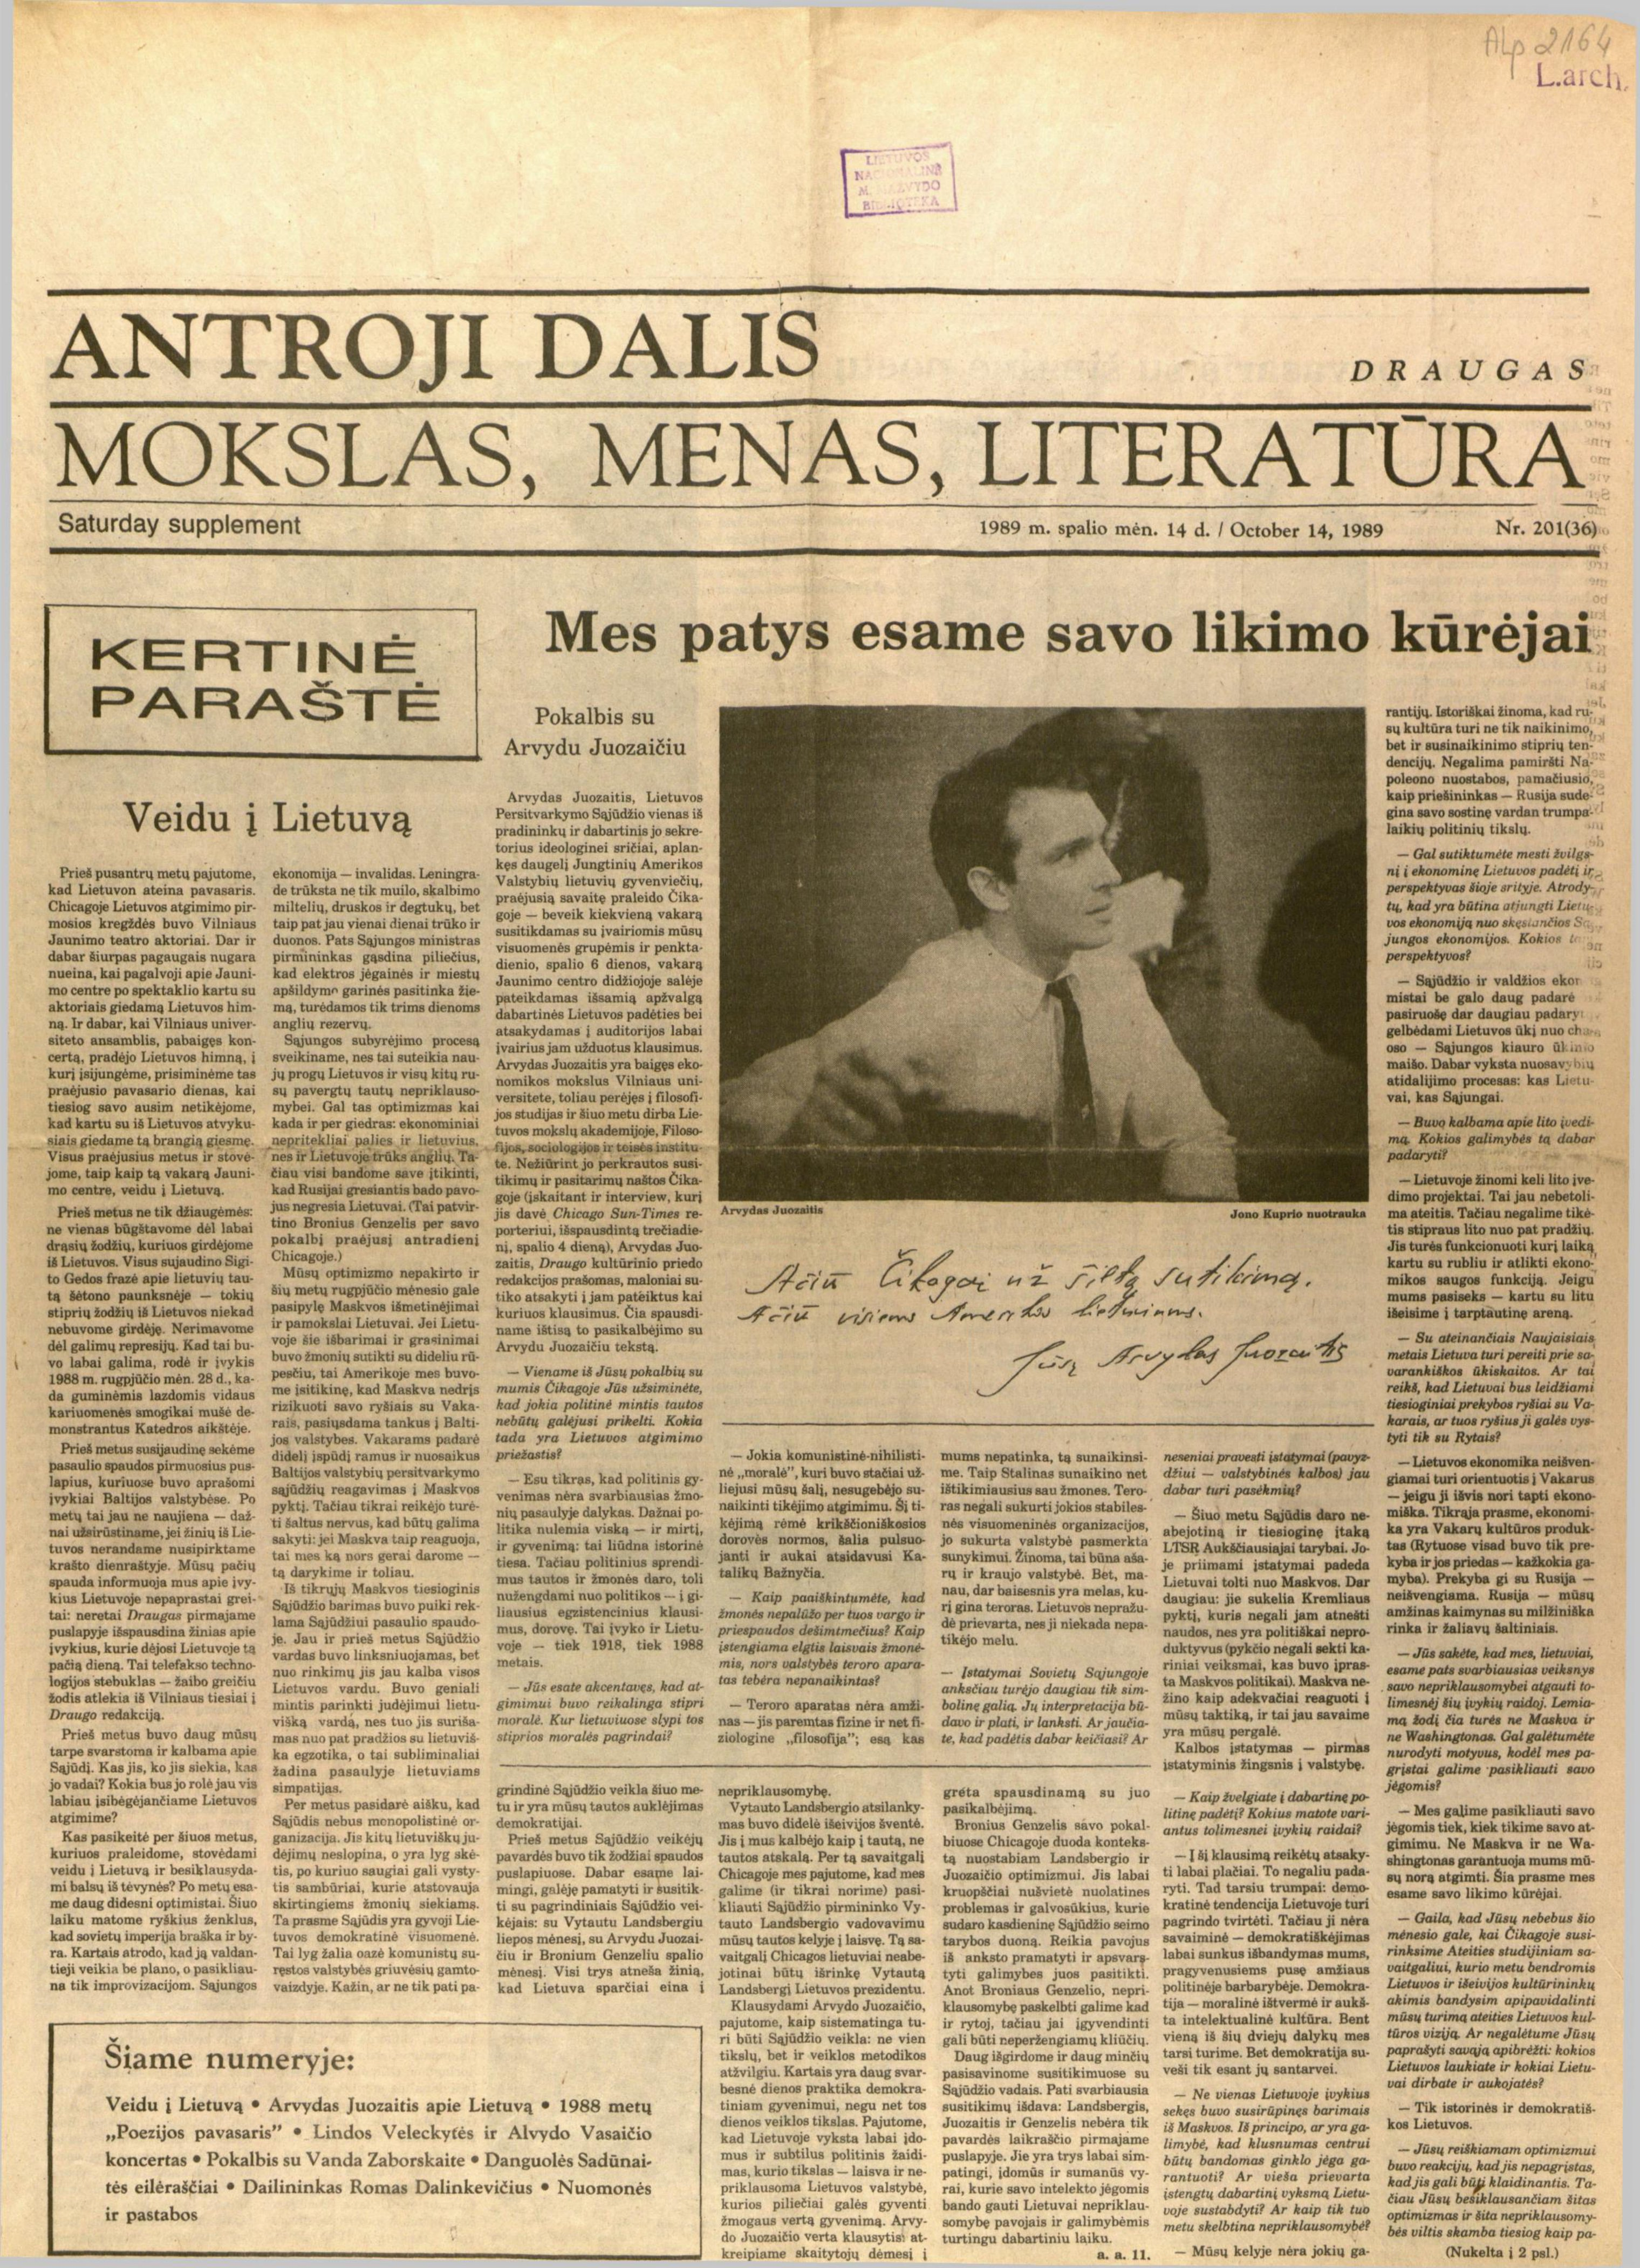
Language: lt